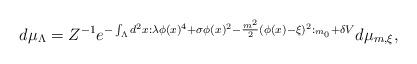
LaTeX: \begin{align*}d\mu _{\Lambda }=Z^{-1}e^{-\int_{\Lambda }d^{2}x:\lambda \phi (x)^{4}+\sigma\phi (x)^{2}-\frac{m^{2}}{2}(\phi (x)-\xi )^{2}:_{m_{0}}+\delta V}d\mu_{m,\xi },\end{align*}